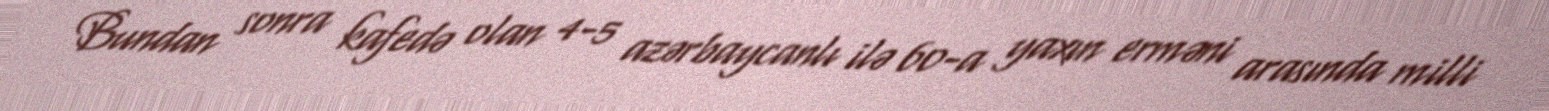
Bundan sonra kafedə olan 4-5 azərbaycanlı ilə 60-a yaxın erməni arasında milli